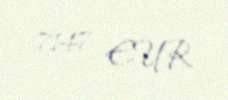
7147 EUR